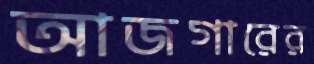
আজগারের